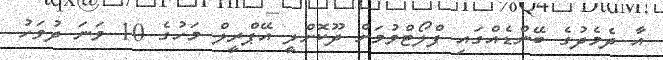
އާ ދެމެދުގެ ބޭންޑެއްގައި ފްލޯޓްވުމަށް ދޫކޮށްލީ އޭޕްރީލް މަހުގެ 10 ވަނަ ދުވަހު